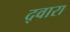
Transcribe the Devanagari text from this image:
द्‍वारा